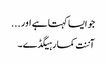
جو ایسا کہتا ہے اور ...
آننت کمار ہیگڈے۔